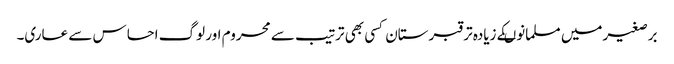
برصغیرمیں مسلمانوںکے زیادہ تر قبرستان کسی بھی ترتیب سے محروم اور لوگ احساس سے عاری۔